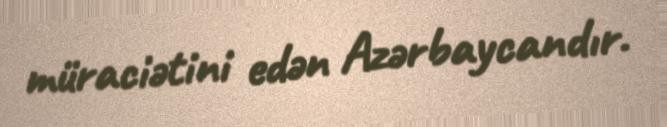
müraciətini edən Azərbaycandır.